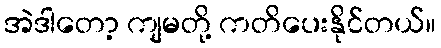
အဲဒါတော့ ကျမတို့ ကတိပေးနိုင်တယ်။